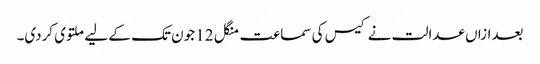
بعدازاں عدالت نے کیس کی سماعت منگل 12 جون تک کے لیے ملتوی کردی۔